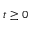
t \ge 0